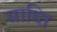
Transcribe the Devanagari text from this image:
साध्ति